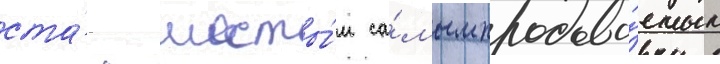
ста́л шесты́м са́мым продава́емым